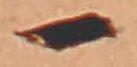
一